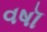
વષૉ